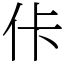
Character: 佧